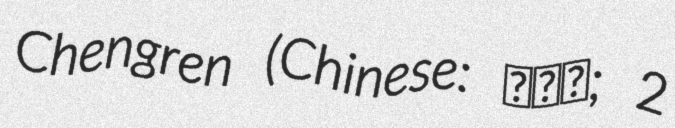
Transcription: Chengren (Chinese: 田成仁; 2